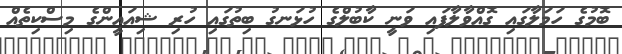
ބޮމުގެ ހަމަލާގައި ގޮއްވާލާފައި ވަނީ ކާބުލްގެ ހުޅަނގު ބިތުގައި ހުރި ޝިއައީންގެ މިސްކިތެއް